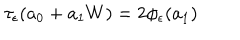
\tau _ { \epsilon } ( a _ { 0 } + a _ { 1 } W ) = 2 \phi _ { \epsilon } ( a _ { 1 } )